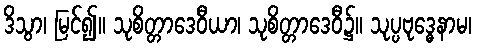
ဒိသွာ၊ မြင်၍။ သုစိတ္တာဒေဝီယာ၊ သုစိတ္တာဒေဝီ၌။ သုပ္ပဗုဒ္ဓေနာမ၊